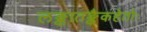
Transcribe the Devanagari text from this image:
लङ्कातङ्कैकहेतोः